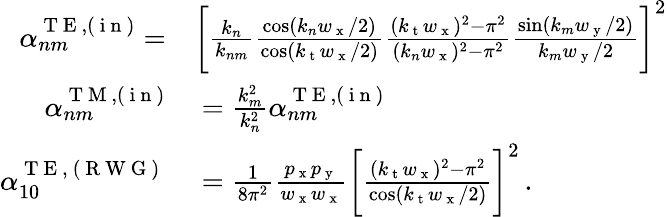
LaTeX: \begin{array}{rl}{\alpha_{nm}^{\mathrm{~T~E~},(\mathrm{~i~n~})}=}&{{}\bigg[\frac{k_{n}}{k_{nm}}\frac{\cos(k_{n}w_{\mathrm{~x~}}/2)}{\cos(k_{\mathrm{~t~}}w_{\mathrm{~x~}}/2)}\frac{(k_{\mathrm{~t~}}w_{\mathrm{~x~}})^{2}-\pi^{2}}{(k_{n}w_{\mathrm{~x~}})^{2}-\pi^{2}}\frac{\sin(k_{m}w_{\mathrm{~y~}}/2)}{k_{m}w_{\mathrm{~y~}}/2}\bigg]^{2}}\\ {\alpha_{nm}^{\mathrm{~T~M~},(\mathrm{~i~n~})}}&{{}=\frac{k_{m}^{2}}{k_{n}^{2}}\alpha_{nm}^{\mathrm{~T~E~},(\mathrm{~i~n~})}}\\ {\alpha_{10}^{\mathrm{~T~E~,~(~R~W~G~)~}}}&{{}=\frac{1}{8\pi^{2}}\frac{p_{\mathrm{~x~}}p_{\mathrm{~y~}}}{w_{\mathrm{~x~}}w_{\mathrm{~x~}}}\bigg[\frac{(k_{\mathrm{~t~}}w_{\mathrm{~x~}})^{2}-\pi^{2}}{\cos(k_{\mathrm{~t~}}w_{\mathrm{~x~}}/2)}\bigg]^{2}\, .}\end{array}